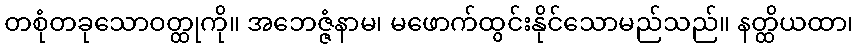
တစုံတခုသောဝတ္ထုကို။ အဘေဇ္ဇံနာမ၊ မဖောက်ထွင်းနိုင်သောမည်သည်။ နတ္ထိယထာ၊